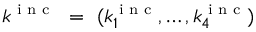
\boldsymbol { k } ^ { \textnormal { \scriptsize i n c } } ~ = ~ ( k _ { 1 } ^ { \textnormal { \scriptsize i n c } } , \dots , k _ { 4 } ^ { \textnormal { \scriptsize i n c } } )